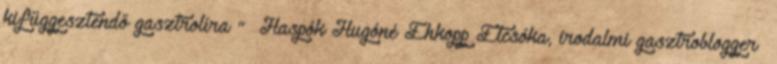
kifüggesztendő gasztrolíra ” Haspók Hugóné Éhkopp Étcsóka, irodalmi gasztroblogger